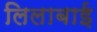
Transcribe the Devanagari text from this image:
लिलाबाई